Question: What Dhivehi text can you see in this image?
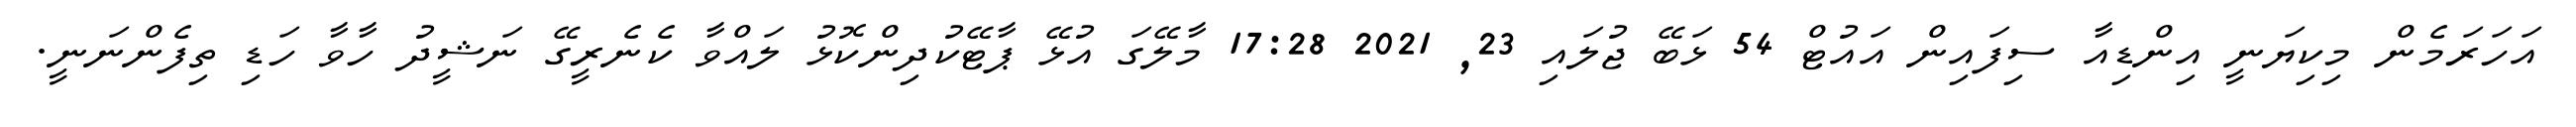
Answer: އަހަރަމެން މިކިޔަނީ އިންޑިއާ ސިފައިން އައުޓް 54 ޅަބޭ ޖުލައި 23, 2021 17:28 މާލޭގަ އުޅޭ ޕާޓޭކުދިންކޮޅު ލައްވާ ކެނެރީގޭ ނަޝީދު ހާވާ ހަޑި ތިފެންނަނީ.